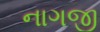
નાગજી